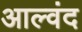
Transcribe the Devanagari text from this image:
आल्वंद